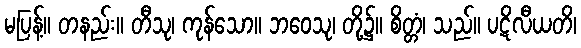
မပြန့်။ တနည်း။ တီသု၊ ကုန်သော။ ဘဝေသု၊ တို့၌။ စိတ္တံ၊ သည်။ ပဋိလီယတိ၊